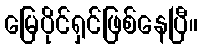
မြေပိုင်ရှင်ဖြစ်နေပြီ။